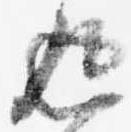
返